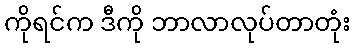
ကိုရင်က ဒီကို ဘာလာလုပ်တာတုံး